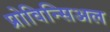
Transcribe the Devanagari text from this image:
प्रोविन्सिअल